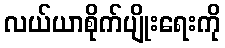
လယ်ယာစိုက်ပျိုးရေးကို